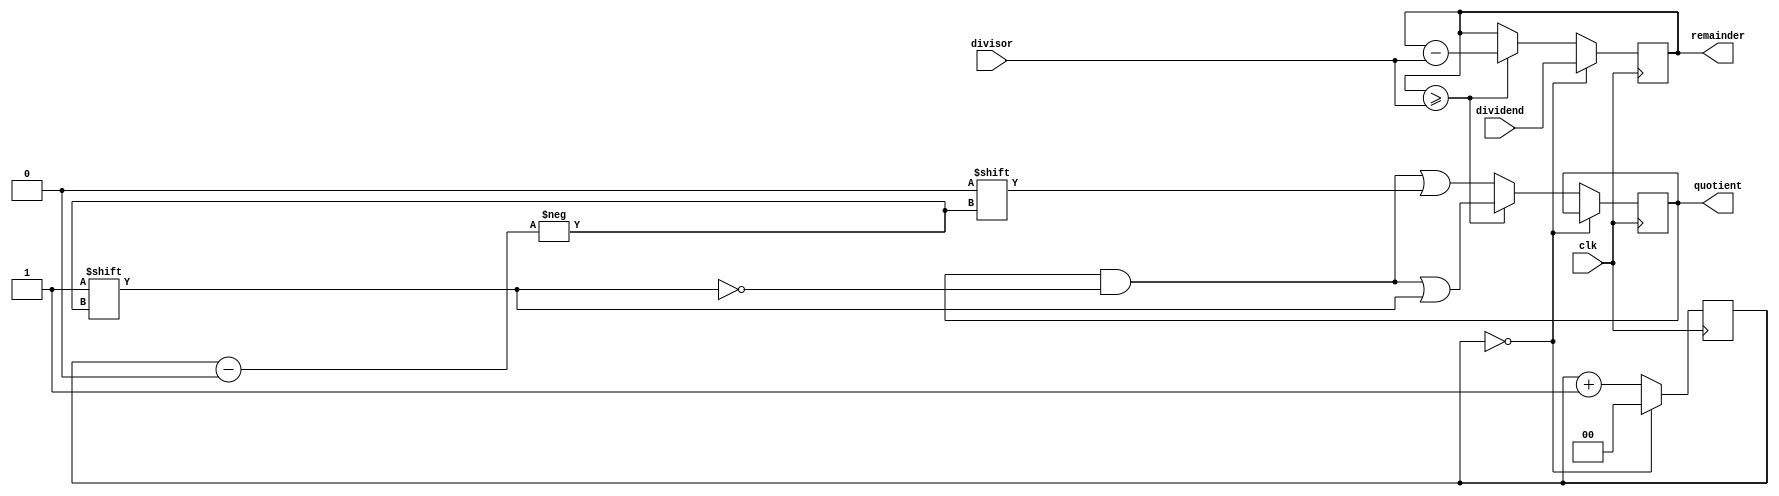
module divider (
    input wire clk,
    input wire [31:0] dividend,
    input wire [31:0] divisor,
    output reg [31:0] quotient,
    output reg [31:0] remainder
);

reg [31:0] dividend_reg;
reg [31:0] remainder_reg;
reg [31:0] quotient_reg;
reg [1:0] count;

always @(posedge clk) begin
    if (count == 0) begin
        dividend_reg <= dividend;
        remainder_reg <= dividend;
        count <= 32'd0;
    end else begin
        if (remainder_reg >= divisor) begin
            remainder_reg <= remainder_reg - divisor;
            quotient_reg[count] <= 1'b1;
        end else begin
            quotient_reg[count] <= 1'b0;
        end

        count <= count + 1;
    end
end

assign quotient = quotient_reg;
assign remainder = remainder_reg;

endmodule